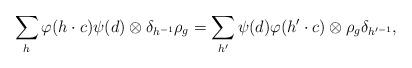
LaTeX: \begin{align*} \sum_{h} \varphi(h\cdot c)\psi(d)\otimes \delta_{h^{-1}}\rho_{g} =\sum_{h'}\psi(d)\varphi(h'\cdot c) \otimes \rho_{g}\delta_{h'^{-1}}, \end{align*}